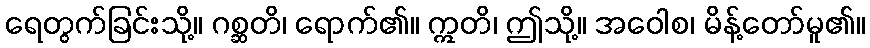
ရေတွက်ခြင်းသို့။ ဂစ္ဆတိ၊ ရောက်၏။ ဣတိ၊ ဤသို့။ အဝေါစ၊ မိန့်တော်မူ၏။